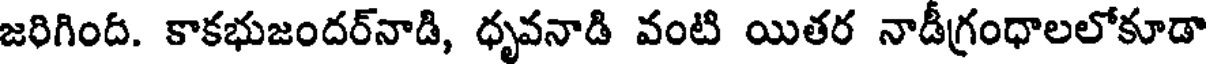
జరిగింద. కాకభుజందర్నాడి, ధృవనాడి వంటి యితర నాడీగ్రంధాలలోకూడా